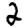
Digit: 2